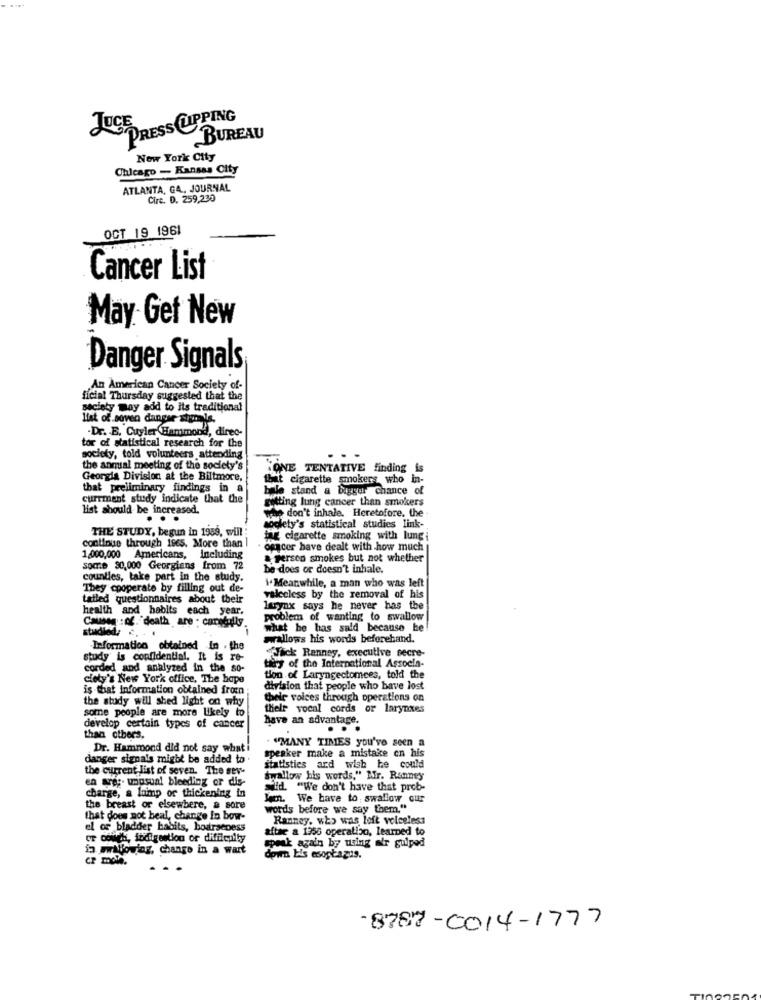
PRESS UPPING
BUREAU
New York City
Chicago - Kansas City
ATLANTA, GA, JOURNAL
Circ. D. 259,230
OCT 19 1961
Cancer List
May Get New
Danger Signals
An American Cancer Society of-
ficial Thursday suggested that the
society may add to its traditional
list of soven danger styrels.
-Dr. E. Cuyler Hammond, direc-
tor of statistical research for the
society, told volunteers attending
the anmial meeting of the society's
LONE TENTATIVE finding
Georgia Division at the Biltmore,
bit cigarette smokers who in-
that preliminary findings in a
bale stand a bigger chance of
currment study indicate that the
getting lung cancer than smokers
list should be increased.
whe don't inhale. Heretofore. the
THE STUDY, begun in 1989, will
society's statistical studies link-
continue through 1965. More than |
fag cigarette smoking with lungi
ogącer have dealt with how much
1,000,000 Americans, Including
& persco smokes but not whether
Socie 80,000 Georgiens from 72
be does or doesn't inhale.
counties, take part in the study.
i.Meanwhile, a man who was left
They cooperate by filling out de-
tatled questionnaires about their
valecless by the removal of his
health and habits each year,
larynx says he never has the
problem of wanting to swallow
Causen : of."death are : carefully.
studied ..
what he has said because he
wwallows his words beforehand.
Information obtained in the
Tick Renney, executive secre-
study is confidential. It is re-
corded and analyzed in the so-
tery of the International Associa-
cloty's New York office, The hape
tion of Laryngectomees, told the
is that information obtained fromn
division that people who have lost
the study will shed light on why
thele voices through operations on
some people are more likely to
their vocal cords or larynxes
have an advantage.
develop certain types of cancer
...
than others,
Dr. Hammond did not say what
. "MANY TIMES you've seen a
danger signals might be added to
speaker make a mistake cn his
the current list of seven. The sev-
statistics ard wish he could
en are ;. unusual bleeding or dis-
swallow his words," Mr. Ranney
Wild. "We don't have that prob-
charge, a lump or thickening in
lem. We have to swallow our
the breast or elsewhere, a sore
words before we say them."
that does not beal, change In bow-
Ranney, who was loft voiceless
el of bladder habits, bourseness
aftar a 1356 operation, learned to
or couch, fodigestion or difficulty
speak again by using a'r gulped
is mirallowing, change in a wart
cP molh.
down bis esoptazas.
-8787-0014-1777